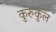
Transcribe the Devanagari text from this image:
कुरुकुल